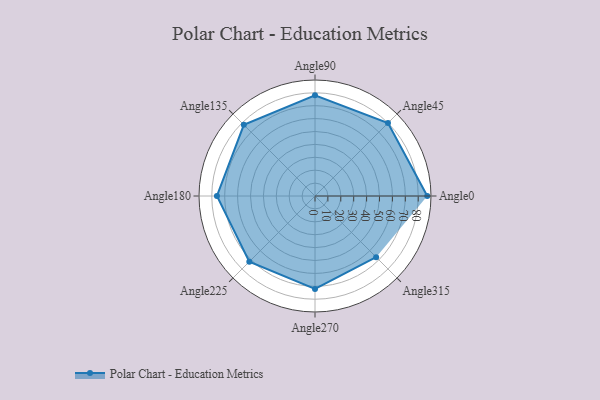
{"axis": {"x": "Angle", "y": "Radius"}, "legend": [""], "data": [{"x": "Angle0", "y": 87.0, "type": ""}, {"x": "Angle45", "y": 80.0, "type": ""}, {"x": "Angle90", "y": 78.0, "type": ""}, {"x": "Angle135", "y": 78.0, "type": ""}, {"x": "Angle180", "y": 76.0, "type": ""}, {"x": "Angle225", "y": 72.0, "type": ""}, {"x": "Angle270", "y": 72.0, "type": ""}, {"x": "Angle315", "y": 67.0, "type": ""}]}